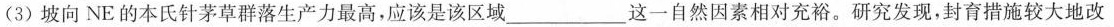
(3)坡向NE的本氏针茅草群落生产力最高，应该是该区域___这一自然因素相对充裕。研究发现，封育措施较大地改